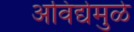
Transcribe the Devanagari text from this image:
अविद्येमुळे